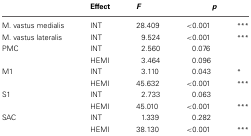
<table><thead><tr><td></td><td><b>Effect</b></td><td><b><i>F</i></b></td><td colspan="2"><b><i>p</i></b></td></tr></thead><tbody><tr><td>M. vastus medialis</td><td>INT</td><td>28.409</td><td>&lt;0.001</td><td><sup>***</sup></td></tr><tr><td>M. vastus lateralis</td><td>INT</td><td>9.524</td><td>&lt;0.001</td><td><sup>***</sup></td></tr><tr><td>PMC</td><td>INT</td><td>2.560</td><td>0.076</td><td></td></tr><tr><td></td><td>HEMI</td><td>3.464</td><td>0.096</td><td></td></tr><tr><td>M1</td><td>INT</td><td>3.110</td><td>0.043</td><td><sup>*</sup></td></tr><tr><td></td><td>HEMI</td><td>45.632</td><td>&lt;0.001</td><td><sup>***</sup></td></tr><tr><td>S1</td><td>INT</td><td>2.733</td><td>0.063</td><td></td></tr><tr><td></td><td>HEMI</td><td>45.010</td><td>&lt;0.001</td><td><sup>***</sup></td></tr><tr><td>SAC</td><td>INT</td><td>1.339</td><td>0.282</td><td></td></tr><tr><td></td><td>HEMI</td><td>38.130</td><td>&lt;0.001</td><td><sup>***</sup></td></tr></tbody></table>